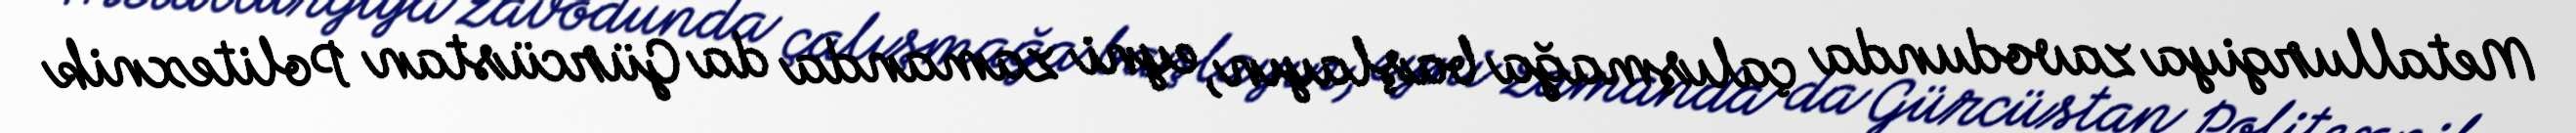
Metallurgiya zavodunda çalışmağa başlayın, eyni zamanda da Gürcüstan Politexnik